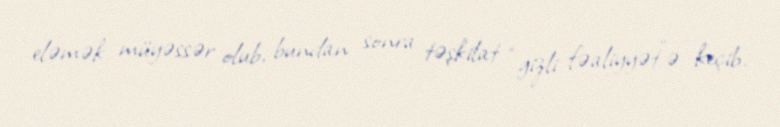
eləmək müyəssər olub, bundan sonra təşkilat “gizli fəaliyyət”ə keçib.